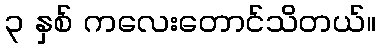
၃ နှစ် ကလေးတောင်သိတယ်။